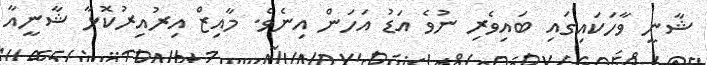
ޝާނީ ވާހަކައިގައި ބައިވެރި ނުވެ އަޑު އަހަން އިނެވެ. މާއިޒް އިރުއިރުކޮޅާ ޝާނީއާ